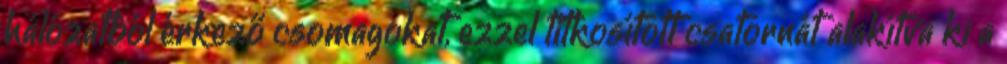
hálózatból érkező csomagokat, ezzel titkosított csatornát alakítva ki a